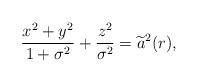
LaTeX: \begin{align*}\frac{x^{2}+y^{2}}{1+\sigma ^{2}}+\frac{z^{2}}{\sigma ^{2}}= \widetilde{a}^{2}(r), \end{align*}